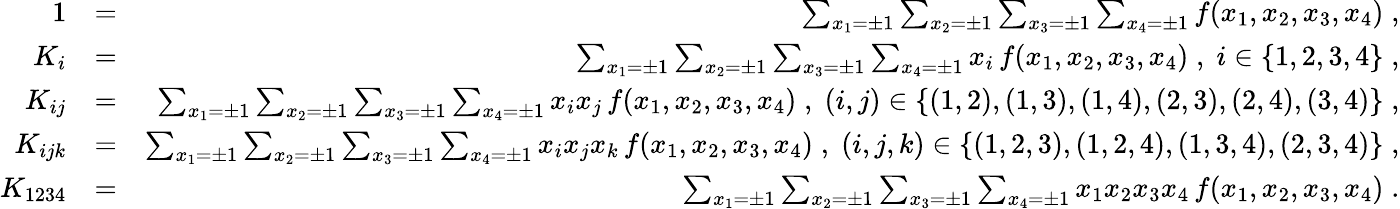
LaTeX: \begin{array}{rlr}{1}&{=}&{\sum_{x_{1}=\pm 1}\sum_{x_{2}=\pm 1}\sum_{x_{3}=\pm 1}\sum_{x_{4}=\pm 1}f(x_{1},x_{2},x_{3},x_{4})\; ,}\\ {K_{i}}&{=}&{\sum_{x_{1}=\pm 1}\sum_{x_{2}=\pm 1}\sum_{x_{3}=\pm 1}\sum_{x_{4}=\pm 1}x_{i}\, f(x_{1},x_{2},x_{3},x_{4})\; ,\; i\in\{ 1,2,3,4\} \; ,}\\ {K_{ij}}&{=}&{\sum_{x_{1}=\pm 1}\sum_{x_{2}=\pm 1}\sum_{x_{3}=\pm 1}\sum_{x_{4}=\pm 1}x_{i}x_{j}\, f(x_{1},x_{2},x_{3},x_{4})\; ,\; (i,j)\in\{ (1,2),(1,3),(1,4),(2,3),(2,4),(3,4)\} \; ,}\\ {K_{ijk}}&{=}&{\sum_{x_{1}=\pm 1}\sum_{x_{2}=\pm 1}\sum_{x_{3}=\pm 1}\sum_{x_{4}=\pm 1}x_{i}x_{j}x_{k}\, f(x_{1},x_{2},x_{3},x_{4})\; ,\; (i,j,k)\in\{ (1,2,3),(1,2,4),(1,3,4),(2,3,4)\} \; ,}\\ {K_{1234}}&{=}&{\sum_{x_{1}=\pm 1}\sum_{x_{2}=\pm 1}\sum_{x_{3}=\pm 1}\sum_{x_{4}=\pm 1}x_{1}x_{2}x_{3}x_{4}\, f(x_{1},x_{2},x_{3},x_{4})\; .}\end{array}